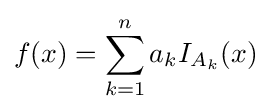
f(x)=\sum _{k=1}^{n}a_{k}I_{A_{k}}(x)